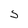
Character: S